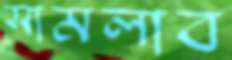
সামলাব